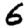
Digit: 6